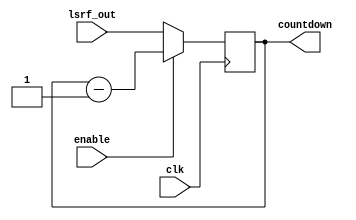
module down_counter(lsrf_out,enable,clk,countdown);
	input [12:0]lsrf_out;
	input enable;
	input clk;	
	output reg [12:0]countdown;
	
	always @(posedge clk)
	begin
		if (enable == 0) begin
			countdown <= lsrf_out;
			end
		else if (enable == 1) begin
			if (countdown > 0);
				countdown <= countdown - 1;
			end
	end
		
endmodule